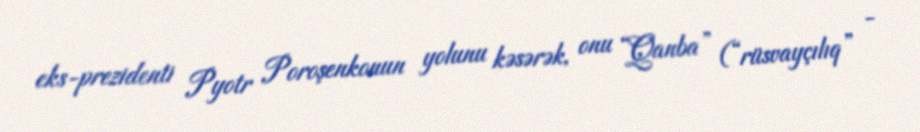
eks-prezidenti Pyotr Poroşenkonun yolunu kəsərək, onu “Qanba” (“rüsvayçılıq” -